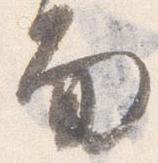
面